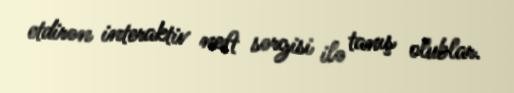
etdirən interaktiv neft sərgisi ilə tanış olublar.